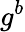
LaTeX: g^{b}